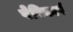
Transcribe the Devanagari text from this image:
पेरिकार्प